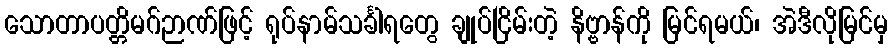
သောတာပတ္တိမဂ်ဉာဏ်ဖြင့် ရုပ်နာမ်သင်္ခါရတွေ ချုပ်ငြိမ်းတဲ့ နိဗ္ဗာန်ကို မြင်ရမယ်၊ အဲဒီလိုမြင်မှ